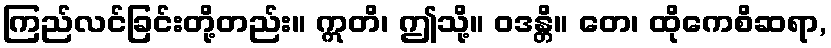
ကြည်လင်ခြင်းတို့တည်း။ ဣတိ၊ ဤသို့။ ဝဒန္တိ။ တေ၊ ထိုကေစိဆရာ,